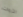
الثروات